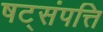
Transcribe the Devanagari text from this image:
षट्‌संपत्ति